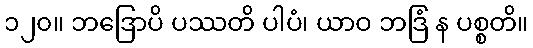
၁၂၀။ ဘဒြောပိ ပဿတိ ပါပံ၊ ယာဝ ဘဒြံ န ပစ္စတိ။